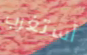
أستغرب